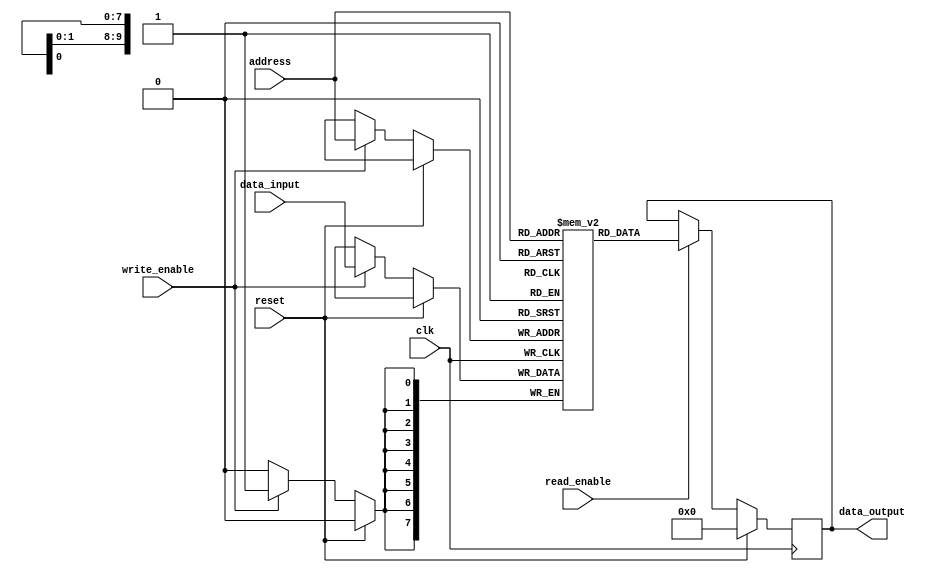
module RAM(
  input wire clk,
  input wire reset,
  input wire [ADDR_WIDTH-1:0] address,
  input wire [DATA_WIDTH-1:0] data_input,
  input wire write_enable,
  input wire read_enable,
  output reg [DATA_WIDTH-1:0] data_output
);

parameter ADDR_WIDTH = 10;
parameter DATA_WIDTH = 8;
parameter MEM_SIZE = 2**ADDR_WIDTH;

reg [DATA_WIDTH-1:0] memory [0:MEM_SIZE-1];

always @(posedge clk) begin
  if (reset) begin
    data_output <= 0;
  end else begin
    if (read_enable) begin
      data_output <= memory[address];
    end
    if (write_enable) begin
      memory[address] <= data_input;
    end
  end
end

endmodule